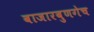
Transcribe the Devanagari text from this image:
बाजारबुणगेच